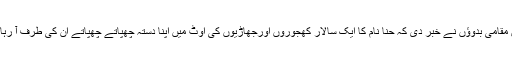
انھیں مقامی بدوؤں نے خبر دی کہ حنّا نام کا ایک سالار کھجوروں اورجھاڑیوں کی اوٹ میں اپنا دستہ چھپاتے چھپاتے ان کی طرف آ رہا ہے۔